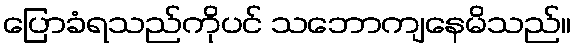
ပြောခံရသည်ကိုပင် သဘောကျနေမိသည်။